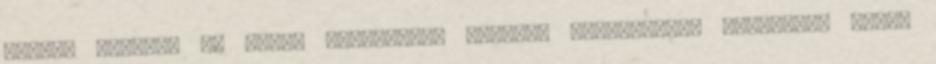
Főétel Cimkék: 90 napos fogyókúra, Fehérje Hozzávalók: Karalábé, Sajt,